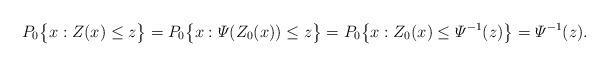
LaTeX: \begin{align*}P_0\big\{x: Z(x) \le z\big\} = P_0\big\{x: \varPsi(Z_0(x)) \le z\big\} =P_0\big\{x: Z_0(x) \le \varPsi^{-1}(z)\big\} = \varPsi^{-1}(z).\end{align*}